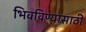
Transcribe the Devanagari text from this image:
भिवविण्यासाठी